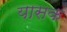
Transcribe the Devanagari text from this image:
यासक